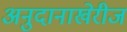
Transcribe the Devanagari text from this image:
अनुदानाखेरीज